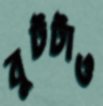
বুটটাও